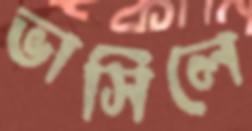
ভাসিলে